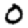
Digit: 0